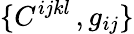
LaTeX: \{ C^{ijkl}\, ,g_{ij}\}